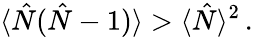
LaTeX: \langle{\hat{N}}({\hat{N}}-1)\rangle>\langle{\hat{N}}\rangle^{2}\, .